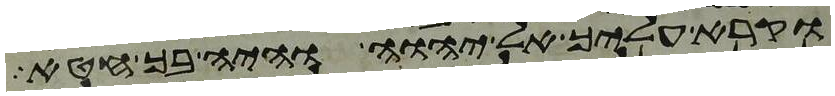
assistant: וקרא עליך אל יהוה והיה בך חטא